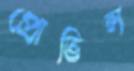
প্রোভিন্স